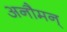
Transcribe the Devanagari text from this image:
अनौमन्